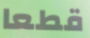
قطعا